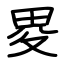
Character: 畟